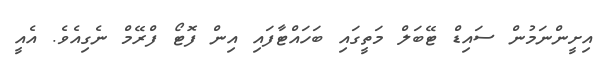
އިށީންނަމުން ސައިޑް ޓޭބަލް މަތީގައި ބަހައްޓާފައި އިން ފޮޓޯ ފްރޭމް ނެގިއެވެ. އެއީ